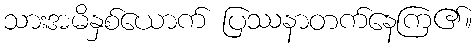
သားအမိနှစ်ယောက် ပြဿနာတက်နေကြ၏။